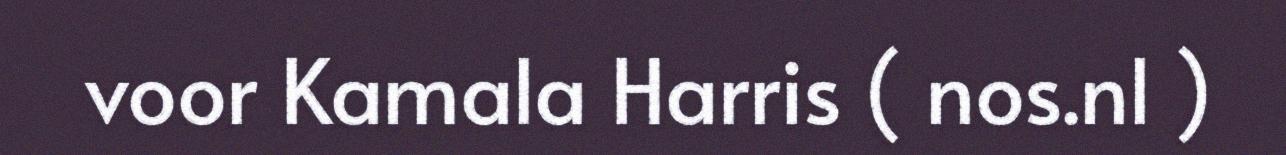
voor Kamala Harris ( nos.nl )